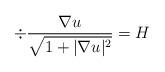
LaTeX: \begin{align*}\div \frac{\nabla u}{\sqrt{1+|\nabla u|^2}} = H\end{align*}